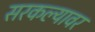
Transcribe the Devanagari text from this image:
सरकल्यावर